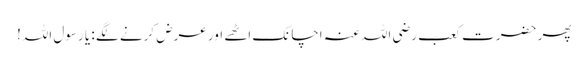
پھر حضرت کعب رضی اللہ عنہ اچانک اٹھے اور عرض کرنے لگے : یا رسول اللہ!